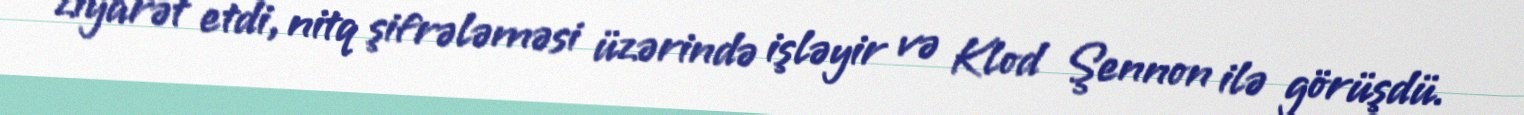
ziyarət etdi, nitq şifrələməsi üzərində işləyir və Klod Şennon ilə görüşdü.